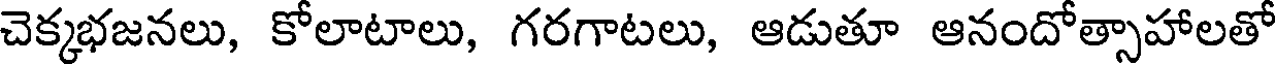
చెక్కభజనలు, కోలాటాలు, గరగాటలు, ఆడుతూ ఆనందోత్సాహాలతో